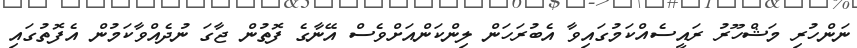
ނަންހުރި މަޝްހޫރު ރައީސެއްކަމުގައިވާ އެބުރަހަން ލިންކަންއަށްވެސް އޭނާގެ ފޮތުން ޖާގަ ނުދެއްވާކަމުން އެފޮތުގައި